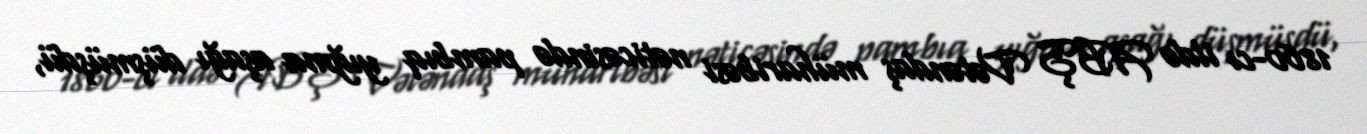
1860-cı ildə ABŞ Vətəndaş müharibəsi nəticəsində pambıq yığma aşağı düşmüşdü,